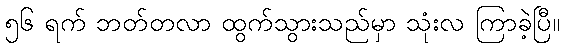
၅၆ ရက် ဘတ်တလာ ထွက်သွားသည်မှာ သုံးလ ကြာခဲ့ပြီ။